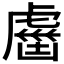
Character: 𧇏